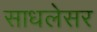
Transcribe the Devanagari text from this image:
साधलेसर